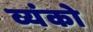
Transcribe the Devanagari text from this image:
व्यंको